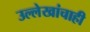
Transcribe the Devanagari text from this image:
उल्लेखांचाही